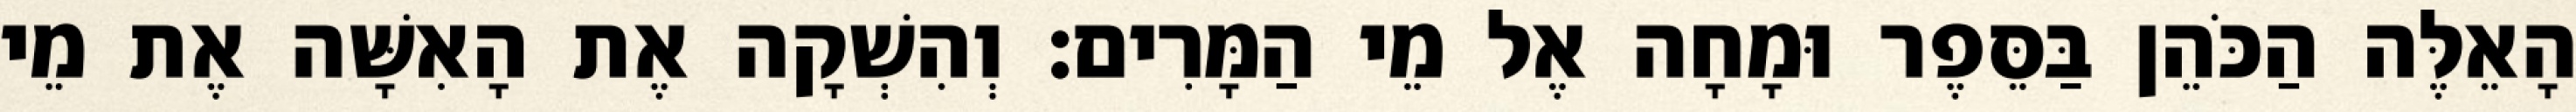
הָאֵלֶּה הַכֹּהֵן בַּסֵּפֶר וּמָחָה אֶל מֵי הַמָּרִים׃ וְהִשְׁקָה אֶת הָאִשָּׁה אֶת מֵי